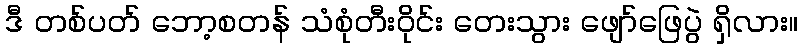
ဒီ တစ်ပတ် ဘော့စတန် သံစုံတီးဝိုင်း တေးသွား ဖျော်ဖြေပွဲ ရှိလား။